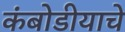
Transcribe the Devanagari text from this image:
कंबोडीयाचे